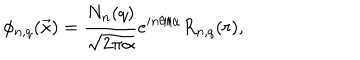
\phi _ { n , q } ( { \vec { x } } ) = { \frac { N _ { n } ( q ) } { \sqrt { 2 \pi \alpha } } } e ^ { i n \theta / \alpha } R _ { n , q } ( r ) ,